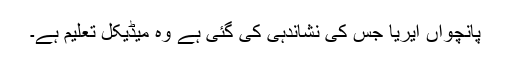
پانچواں ایریا جس کی نشاندہی کی گئی ہے وہ میڈیکل تعلیم ہے۔